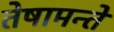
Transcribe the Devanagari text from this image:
तेषामन्ते